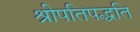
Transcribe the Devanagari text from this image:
श्रीपतिपद्धति